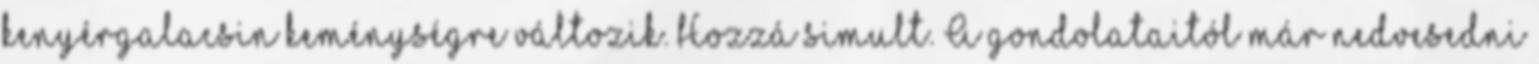
kenyérgalacsin keménységre változik. Hozzá simult. A gondolataitól már nedvesedni